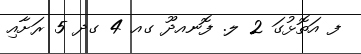
ފ އަތޮޅުގަ 2 ލ. ފޮނއދޫ ގއ 4 ގދ 5 ރަށާއި